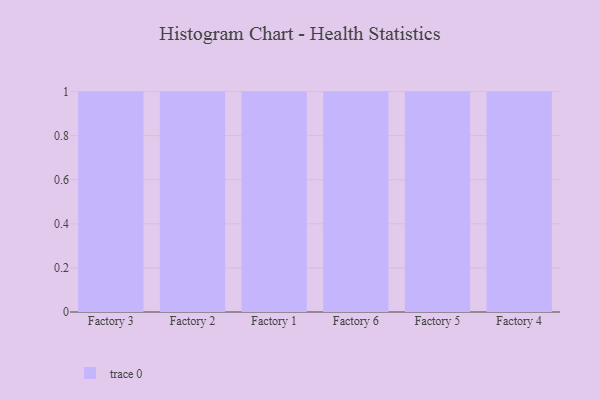
{"axis": {"x": "Factory", "y": "Production Output"}, "legend": [""], "data": [{"x": "Factory 3", "y": 4, "type": ""}, {"x": "Factory 2", "y": 38, "type": ""}, {"x": "Factory 1", "y": 46, "type": ""}, {"x": "Factory 6", "y": 6, "type": ""}, {"x": "Factory 5", "y": 78, "type": ""}, {"x": "Factory 4", "y": 93, "type": ""}]}